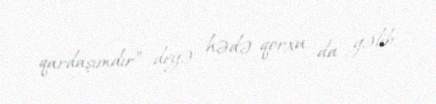
qardaşımdır” deyə hədə-qorxu da gəlib.